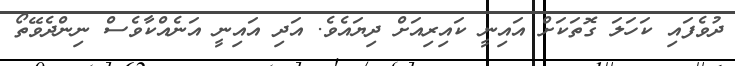
ދުވެފައި ކަހަލަ ގޮތަކަށް އައިނީ ކައިރިއަށް ދިޔައެވެ. އަދި އައިނީ އަނެއްކާވެސް ނިންދެވޭތޯ